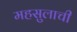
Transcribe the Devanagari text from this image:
महसुलाची